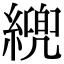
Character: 𦄓